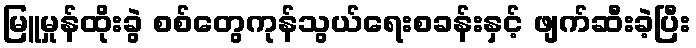
မြူမှုန်ထိုးခွဲ စစ်တွေကုန်သွယ်ရေးစခန်းနှင့် ဖျက်ဆီးခဲ့ပြီး